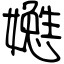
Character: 嬔